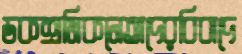
ডকশ্রমিকনেতাদেরবিবাদে